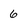
Character: 6